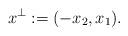
\begin{align*} x^\perp := (- x_2, x_1).\end{align*}